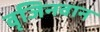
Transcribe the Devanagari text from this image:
वृजिनवान